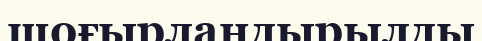
шоғырландырылды